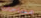
مساحات